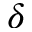
\delta